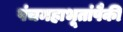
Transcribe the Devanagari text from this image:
पंचमहाभूतांपैकी